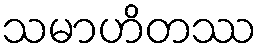
သမာဟိတဿ